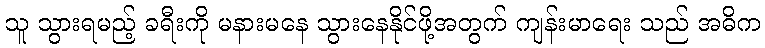
သူ သွားရမည့် ခရီးကို မနားမနေ သွားနေနိုင်ဖို့အတွက် ကျန်းမာရေး သည် အဓိက